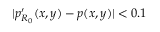
| p _ { R _ { 0 } } ^ { \prime } ( x , y ) - p ( x , y ) | < 0 . 1